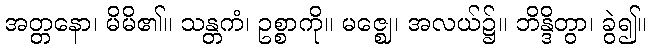
အတ္တနော၊ မိမိ၏။ သန္တကံ၊ ဥစ္စာကို။ မဇ္ဈေ၊ အလယ်၌။ ဘိန္ဒိတွာ၊ ခွဲ၍။